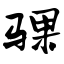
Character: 骒